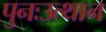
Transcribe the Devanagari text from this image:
पुनःउत्थान